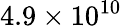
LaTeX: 4.9\times 10^{10}